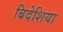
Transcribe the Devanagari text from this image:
बिदेशिया